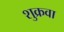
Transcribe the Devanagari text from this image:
शुक्रवा